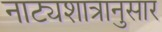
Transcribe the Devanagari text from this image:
नाट्यशात्रानुसार